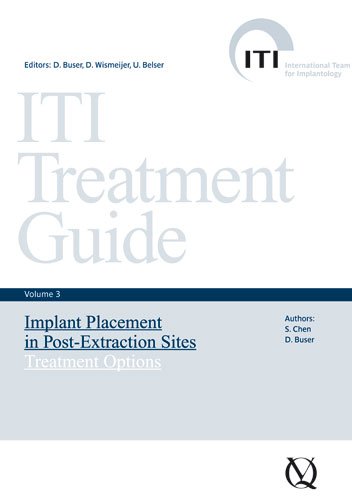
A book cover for ITI Treatment Guide, Volume 3: Implant Placement in Post-Extraction Sites: Treatment Options (ITI Treatment Guides); S. Chen; Medical Books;